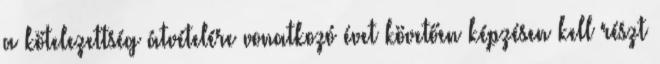
a kötelezettség átvételére vonatkozó évet követően képzésen kell részt